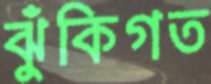
ঝুঁকিগত